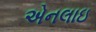
એનલાઇ